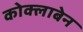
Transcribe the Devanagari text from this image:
कोक्लाबेन